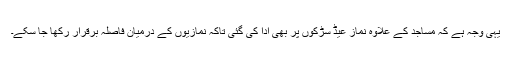
يہی وجہ ہے کہ مساجد کے علاوہ نماز عيڈ سڑکوں پر بھی ادا کی گئی تاکہ نمازيوں کے درميان فاصلہ برقرار رکھا جا سکے۔